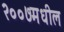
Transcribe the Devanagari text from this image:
२००७मधील